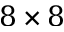
8 \times 8